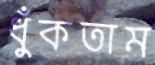
ধুঁকতাম